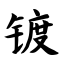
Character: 镀